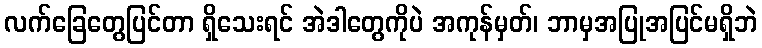
လက်ခြေတွေပြင်တာ ရှိသေးရင် အဲဒါတွေကိုပဲ အကုန်မှတ်၊ ဘာမှအပြုအပြင်မရှိဘဲ